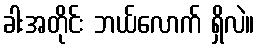
ခါးအတိုင်း ဘယ်လောက် ရှိလဲ။